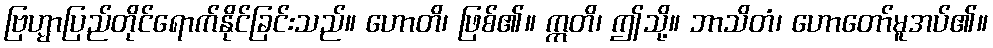
ဗြဟ္မာပြည်တိုင်ရောက်နိုင်ခြင်းသည်။ ဟောတိ၊ ဖြစ်၏။ ဣတိ၊ ဤသို့။ ဘာသိတံ၊ ဟောတော်မူအပ်၏။